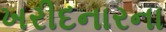
ખરીદનારના